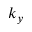
k _ { y }